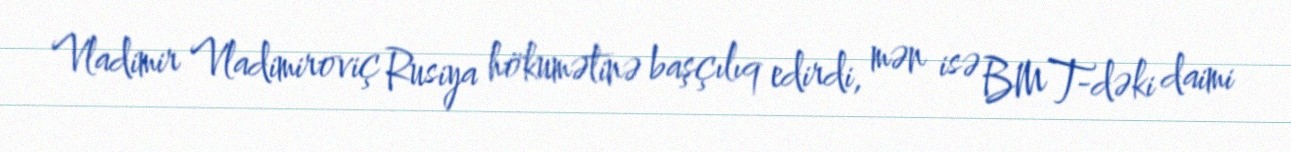
Vladimir Vladimiroviç Rusiya hökumətinə başçılıq edirdi, mən isə BMT-dəki daimi